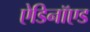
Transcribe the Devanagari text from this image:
ऐडिनॉएड